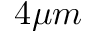
4 \mu m